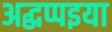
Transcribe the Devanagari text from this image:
अद्धप्पइया